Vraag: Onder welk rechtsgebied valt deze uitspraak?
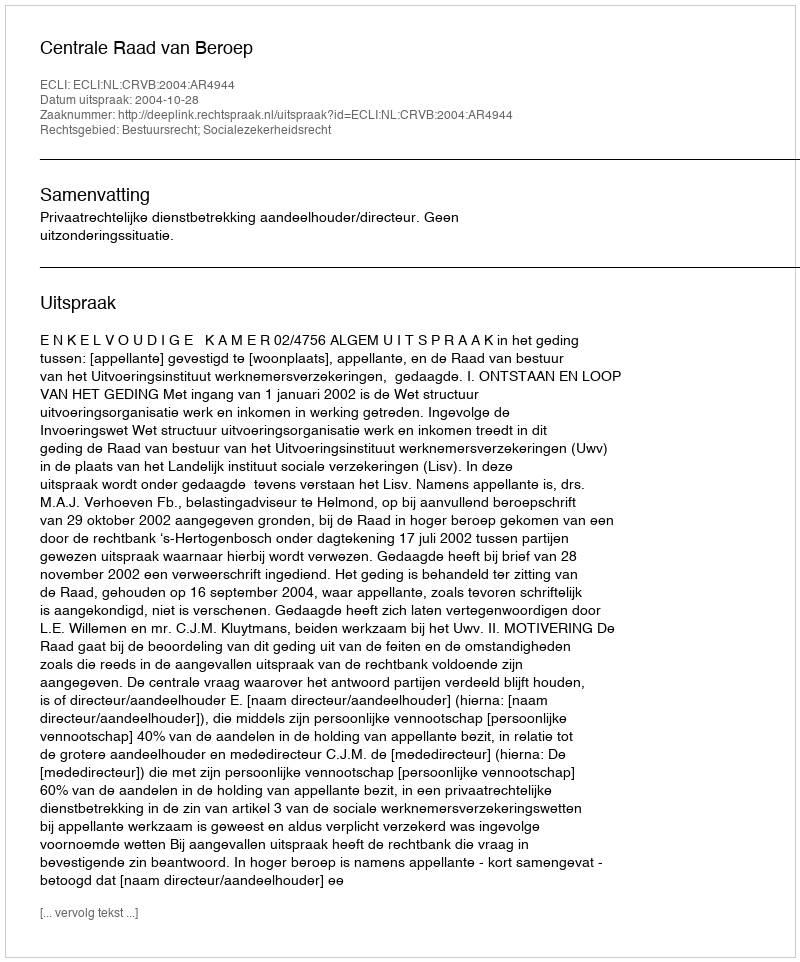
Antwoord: Bestuursrecht; Socialezekerheidsrecht